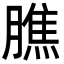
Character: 膲